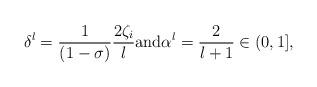
LaTeX: \begin{align*}\delta^l = \frac{1}{(1-\sigma)}\frac{2 \zeta_i}{l } \mbox{and}\alpha^l = \frac{2}{l+1} \in (0,1],\end{align*}